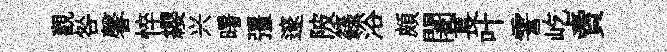
觀咎馨悴纓兴曙彊邃陂籙浴頗闍萇叶霅屹賣